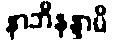
နာဘိနန္ဒာမိ